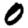
Digit: 0